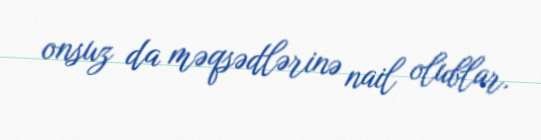
onsuz da məqsədlərinə nail olublar.